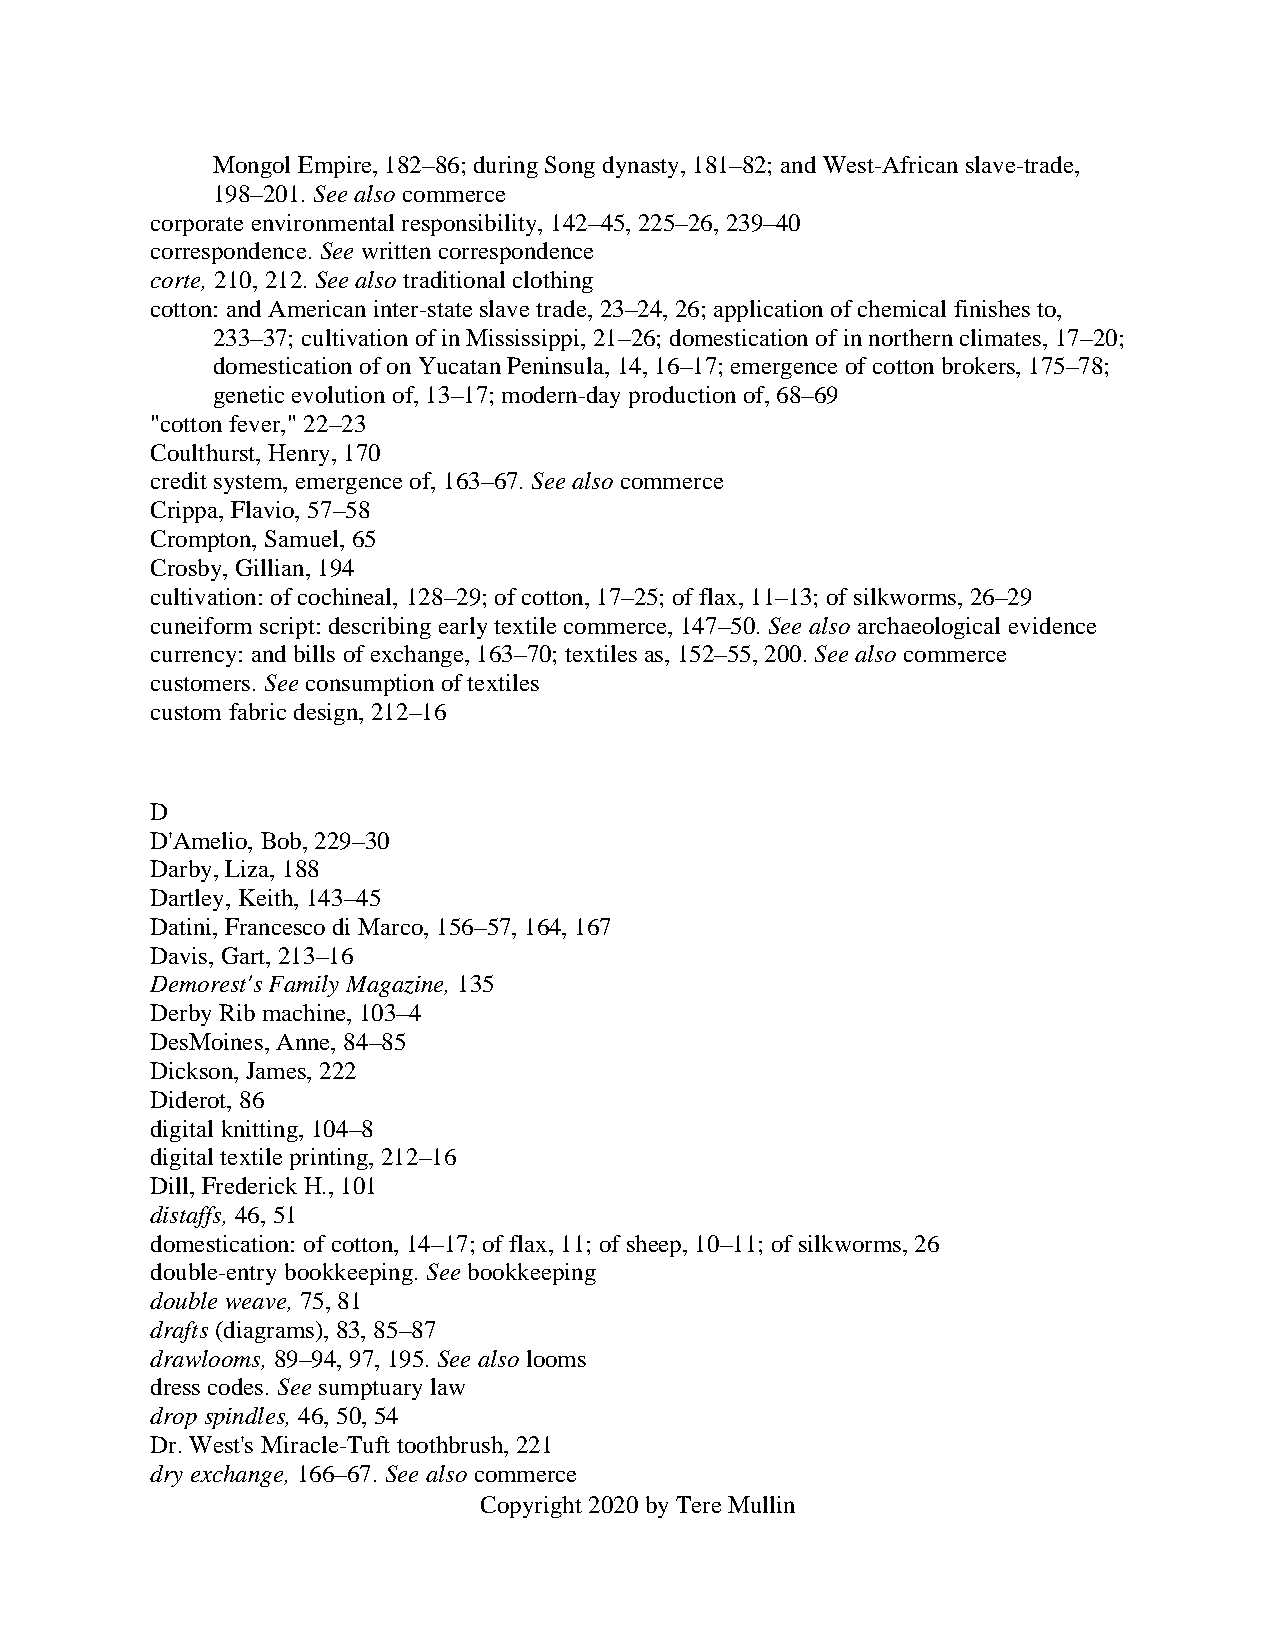
Mongol Empire, 182–86; during Song dynasty, 181–82; and West-African slave-trade,
 198–201. See also commerce
 corporate environmental responsibility, 142–45, 225–26, 239–40
 correspondence. See written correspondence
 corte, 210, 212. See also traditional clothing
 cotton: and American inter-state slave trade, 23–24, 26; application of chemical finishes to,
 233–37; cultivation of in Mississippi, 21–26; domestication of in northern climates, 17–20;
 domestication of on Yucatan Peninsula, 14, 16–17; emergence of cotton brokers, 175–78;
 genetic evolution of, 13–17; modern-day production of, 68–69
 "cotton fever," 22–23
 Coulthurst, Henry, 170
 credit system, emergence of, 163–67. See also commerce
 Crippa, Flavio, 57–58
 Crompton, Samuel, 65
 Crosby, Gillian, 194
 cultivation: of cochineal, 128–29; of cotton, 17–25; of flax, 11–13; of silkworms, 26–29
 cuneiform script: describing early textile commerce, 147–50. See also archaeological evidence
 currency: and bills of exchange, 163–70; textiles as, 152–55, 200. See also commerce
 customers. See consumption of textiles
 custom fabric design, 212–16
 D
 D'Amelio, Bob, 229–30
 Darby, Liza, 188
 Dartley, Keith, 143–45
 Datini, Francesco di Marco, 156–57, 164, 167
 Davis, Gart, 213–16
 Demorest's Family Magazine, 135
 Derby Rib machine, 103–4
 DesMoines, Anne, 84–85
 Dickson, James, 222
 Diderot, 86
 digital knitting, 104–8
 digital textile printing, 212–16
 Dill, Frederick H., 101
 distaffs, 46, 51
 domestication: of cotton, 14–17; of flax, 11; of sheep, 10–11; of silkworms, 26
 double-entry bookkeeping. See bookkeeping
 double weave, 75, 81
 drafts (diagrams), 83, 85–87
 drawlooms, 89–94, 97, 195. See also looms
 dress codes. See sumptuary law
 drop spindles, 46, 50, 54
 Dr. West's Miracle-Tuft toothbrush, 221
 dry exchange, 166–67. See also commerce
 Copyright 2020 by Tere Mullin